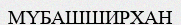
МҮБАШШИРХАН